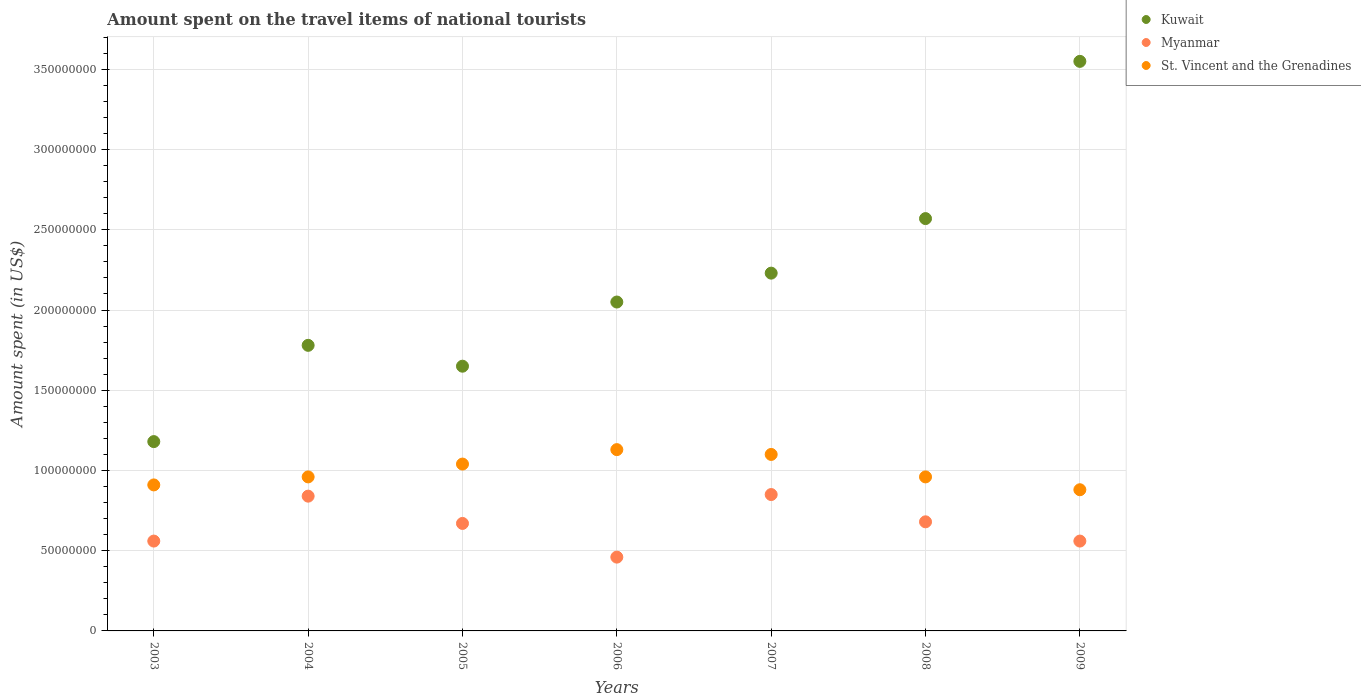
| Years | Kuwait | Myanmar | St. Vincent and the Grenadines |
 | --- | --- | --- | --- |
 | 2003 | 1.18e+08 | 5.6e+07 | 9.1e+07 |
 | 2004 | 1.78e+08 | 8.4e+07 | 9.6e+07 |
 | 2005 | 1.65e+08 | 6.7e+07 | 1.04e+08 |
 | 2006 | 2.05e+08 | 4.6e+07 | 1.13e+08 |
 | 2007 | 2.23e+08 | 8.5e+07 | 1.1e+08 |
 | 2008 | 2.57e+08 | 6.8e+07 | 9.6e+07 |
 | 2009 | 3.55e+08 | 5.6e+07 | 8.8e+07 |